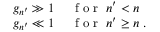
\begin{array} { r l } { g _ { n ^ { \prime } } \gg 1 } & { { } \; \mathrm { ~ f ~ o ~ r ~ } \; n ^ { \prime } < n } \\ { g _ { n ^ { \prime } } \ll 1 } & { { } \; \mathrm { ~ f ~ o ~ r ~ } \; n ^ { \prime } \ge n \; . } \end{array}